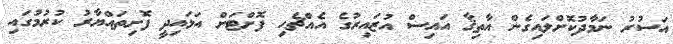
އަސުރު ނަމާދުކޮށްލައިގެން އާތިޤާ އައިސް އުޒައިރުގެ އެއްޗެހި ފޮށްޓަށް އަޅައިދީ ފޮށިތައްޔާރު ކުރުމުގައި